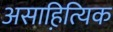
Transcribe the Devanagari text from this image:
असाहित्यि़क